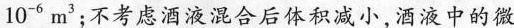
10^{-6}m^{3}；不考虑酒液混合后体积减小，酒液中的微